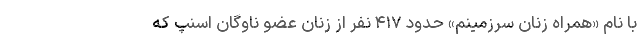
با نام «همراه زنان سرزمینم» حدود ۴۱۷ نفر از زنان عضو ناوگان اسنپ که